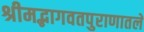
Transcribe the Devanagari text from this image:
श्रीमद्भागवतपुराणातले